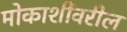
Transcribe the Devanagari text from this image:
मोकाशींवरील